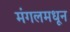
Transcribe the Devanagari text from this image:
मंगलमधून